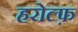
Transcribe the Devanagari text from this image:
हरोल्फ़